Indian journal of veterinary science and animal husbandry - Volume 6,
Year: 1936
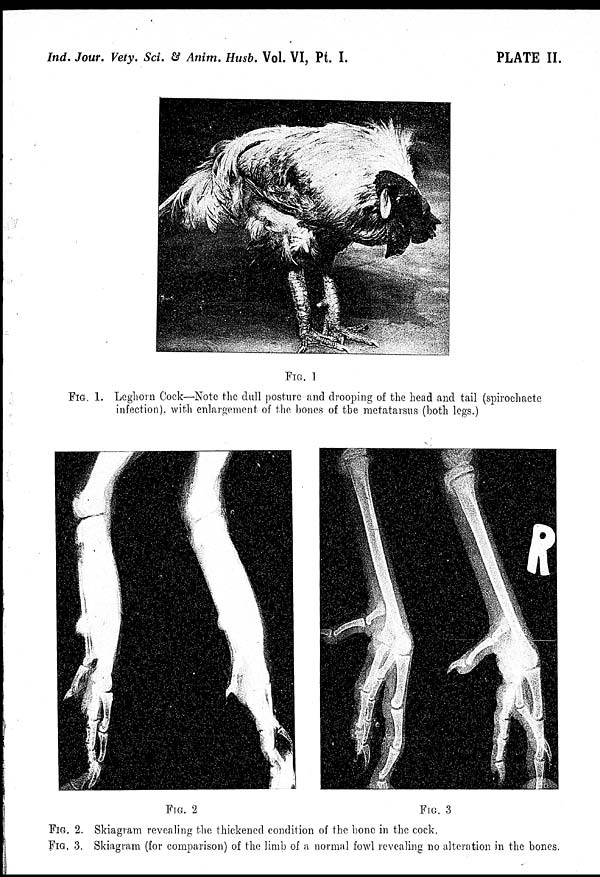
Ind. Jour. Vety. Sci. & Anim. Husb. Vol. VI, Pt. I.
PLATE II.
FIG. 1
FIG. 1. Leghorn Cock—Note the dull posture and drooping of the head and tail (spirochaete
infection), with enlargement of the bones of the metatarsus (both legs.)
FIG. 2
FIG. 3
FIG. 2. Skiagram revealing the thickened condition of the bone in the cock.
FIG. 3. Skiagram (for comparison) of the limb of a normal fowl revealing no alteration in the bones.